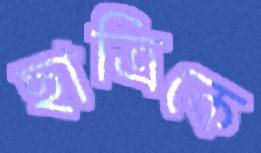
ছাত্রিকে